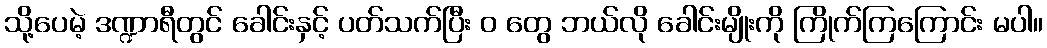
သို့ပေမဲ့ ဒဏ္ဍာရီတွင် ခေါင်းနှင့် ပတ်သက်ပြီး ဝ တွေ ဘယ်လို ခေါင်းမျိုးကို ကြိုက်ကြကြောင်း မပါ။